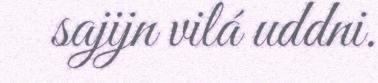
sajijn vilá uddni.